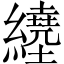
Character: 𦇇